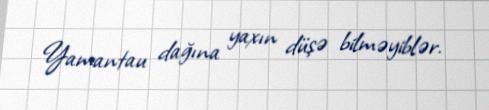
Yamantau dağına yaxın düşə bilməyiblər.